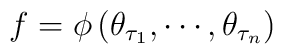
f=\phi \left( \theta _{\tau _{1}},\cdots ,\theta _{\tau _{n}}\right)